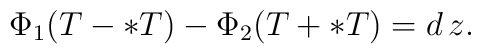
\Phi_{1}(T-\ast T) - \Phi_{2}(T + \ast T) = d\,z.